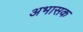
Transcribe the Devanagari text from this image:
अभासक